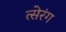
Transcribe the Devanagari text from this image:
त्सेरंग